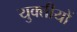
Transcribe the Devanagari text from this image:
युक्तीयों